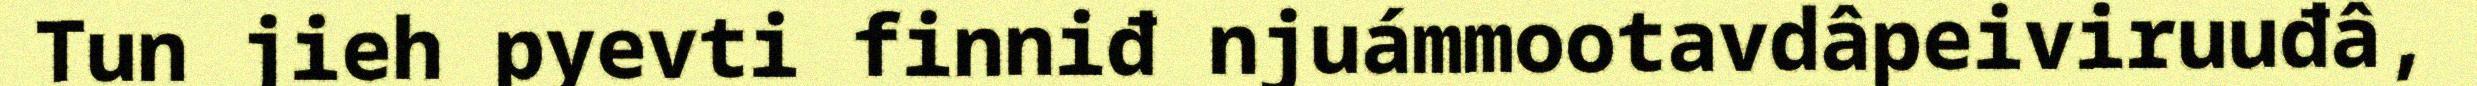
Tun jieh pyevti finniđ njuámmootavdâpeiviruuđâ,